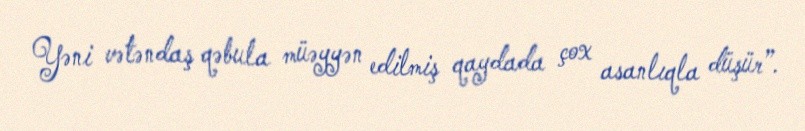
Yəni vətəndaş qəbula müəyyən edilmiş qaydada çox asanlıqla düşür”.